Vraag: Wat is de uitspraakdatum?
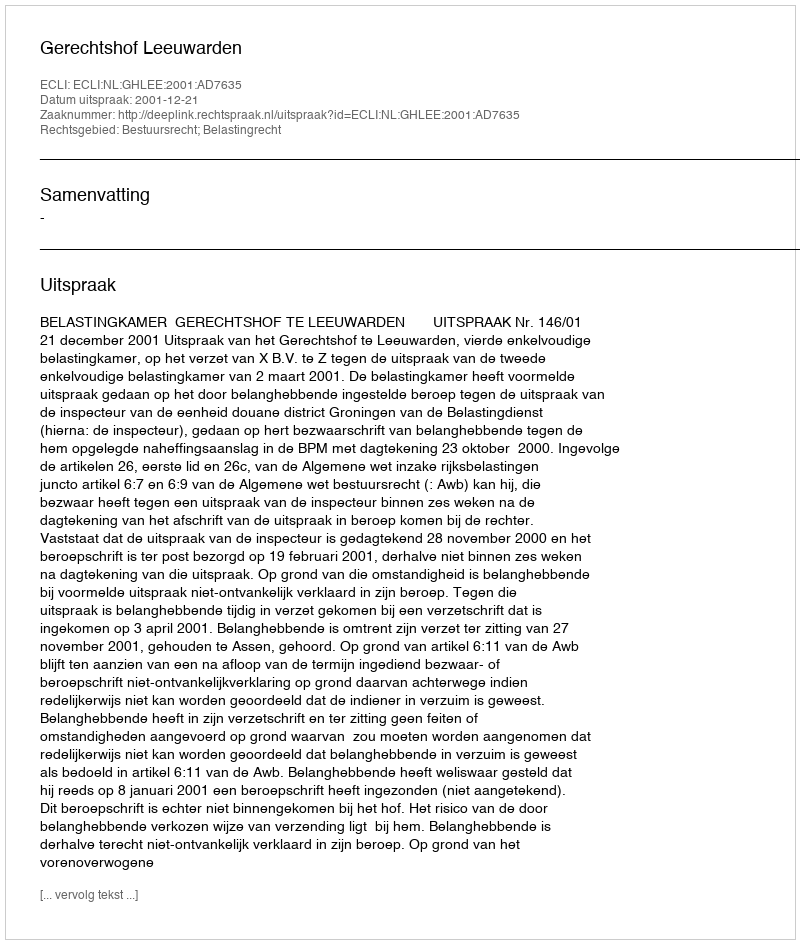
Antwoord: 2001-12-21